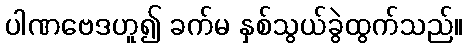
ပါဏဗေဒဟူ၍ ခက်မ နှစ်သွယ်ခွဲထွက်သည်။